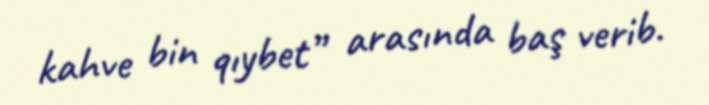
kahve bin qıybet” arasında baş verib.